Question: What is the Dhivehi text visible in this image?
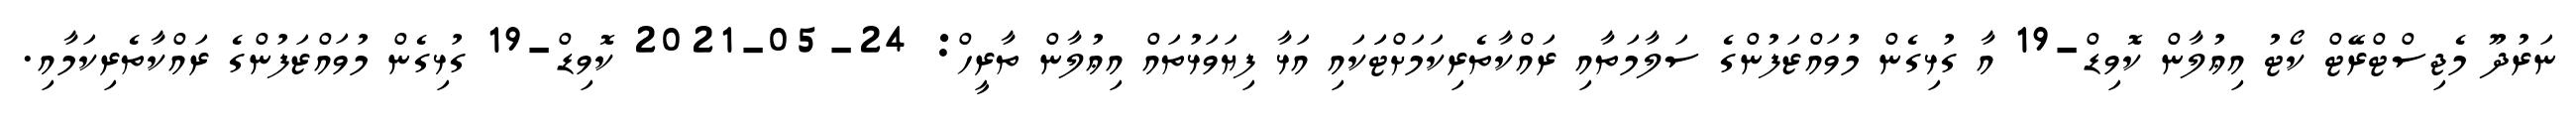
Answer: ނަރުދޫ މެޖިސްޓްރޭޓް ކޯޓު އިޢުލާން ކޮވިޑް-19 އާ ގުޅިގެން މުވައްޒަފުންގެ ސަލާމަތާއި ރައްކާތެރިކަމަށްޓަަކައި އަޅާ ފިޔަވަޅުތައް އިޢުލާން ތާރީހް: 24-05-2021 ކޮވިޑް-19 ގުޅިގެން މުވައްޒަފުންގެ ރައްކާތެރިކަމާއި.